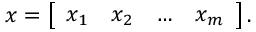
{ \boldsymbol { x } } = { \left[ \begin{array} { l l l l } { x _ { 1 } } & { x _ { 2 } } & { \dots } & { x _ { m } } \end{array} \right] } \, .